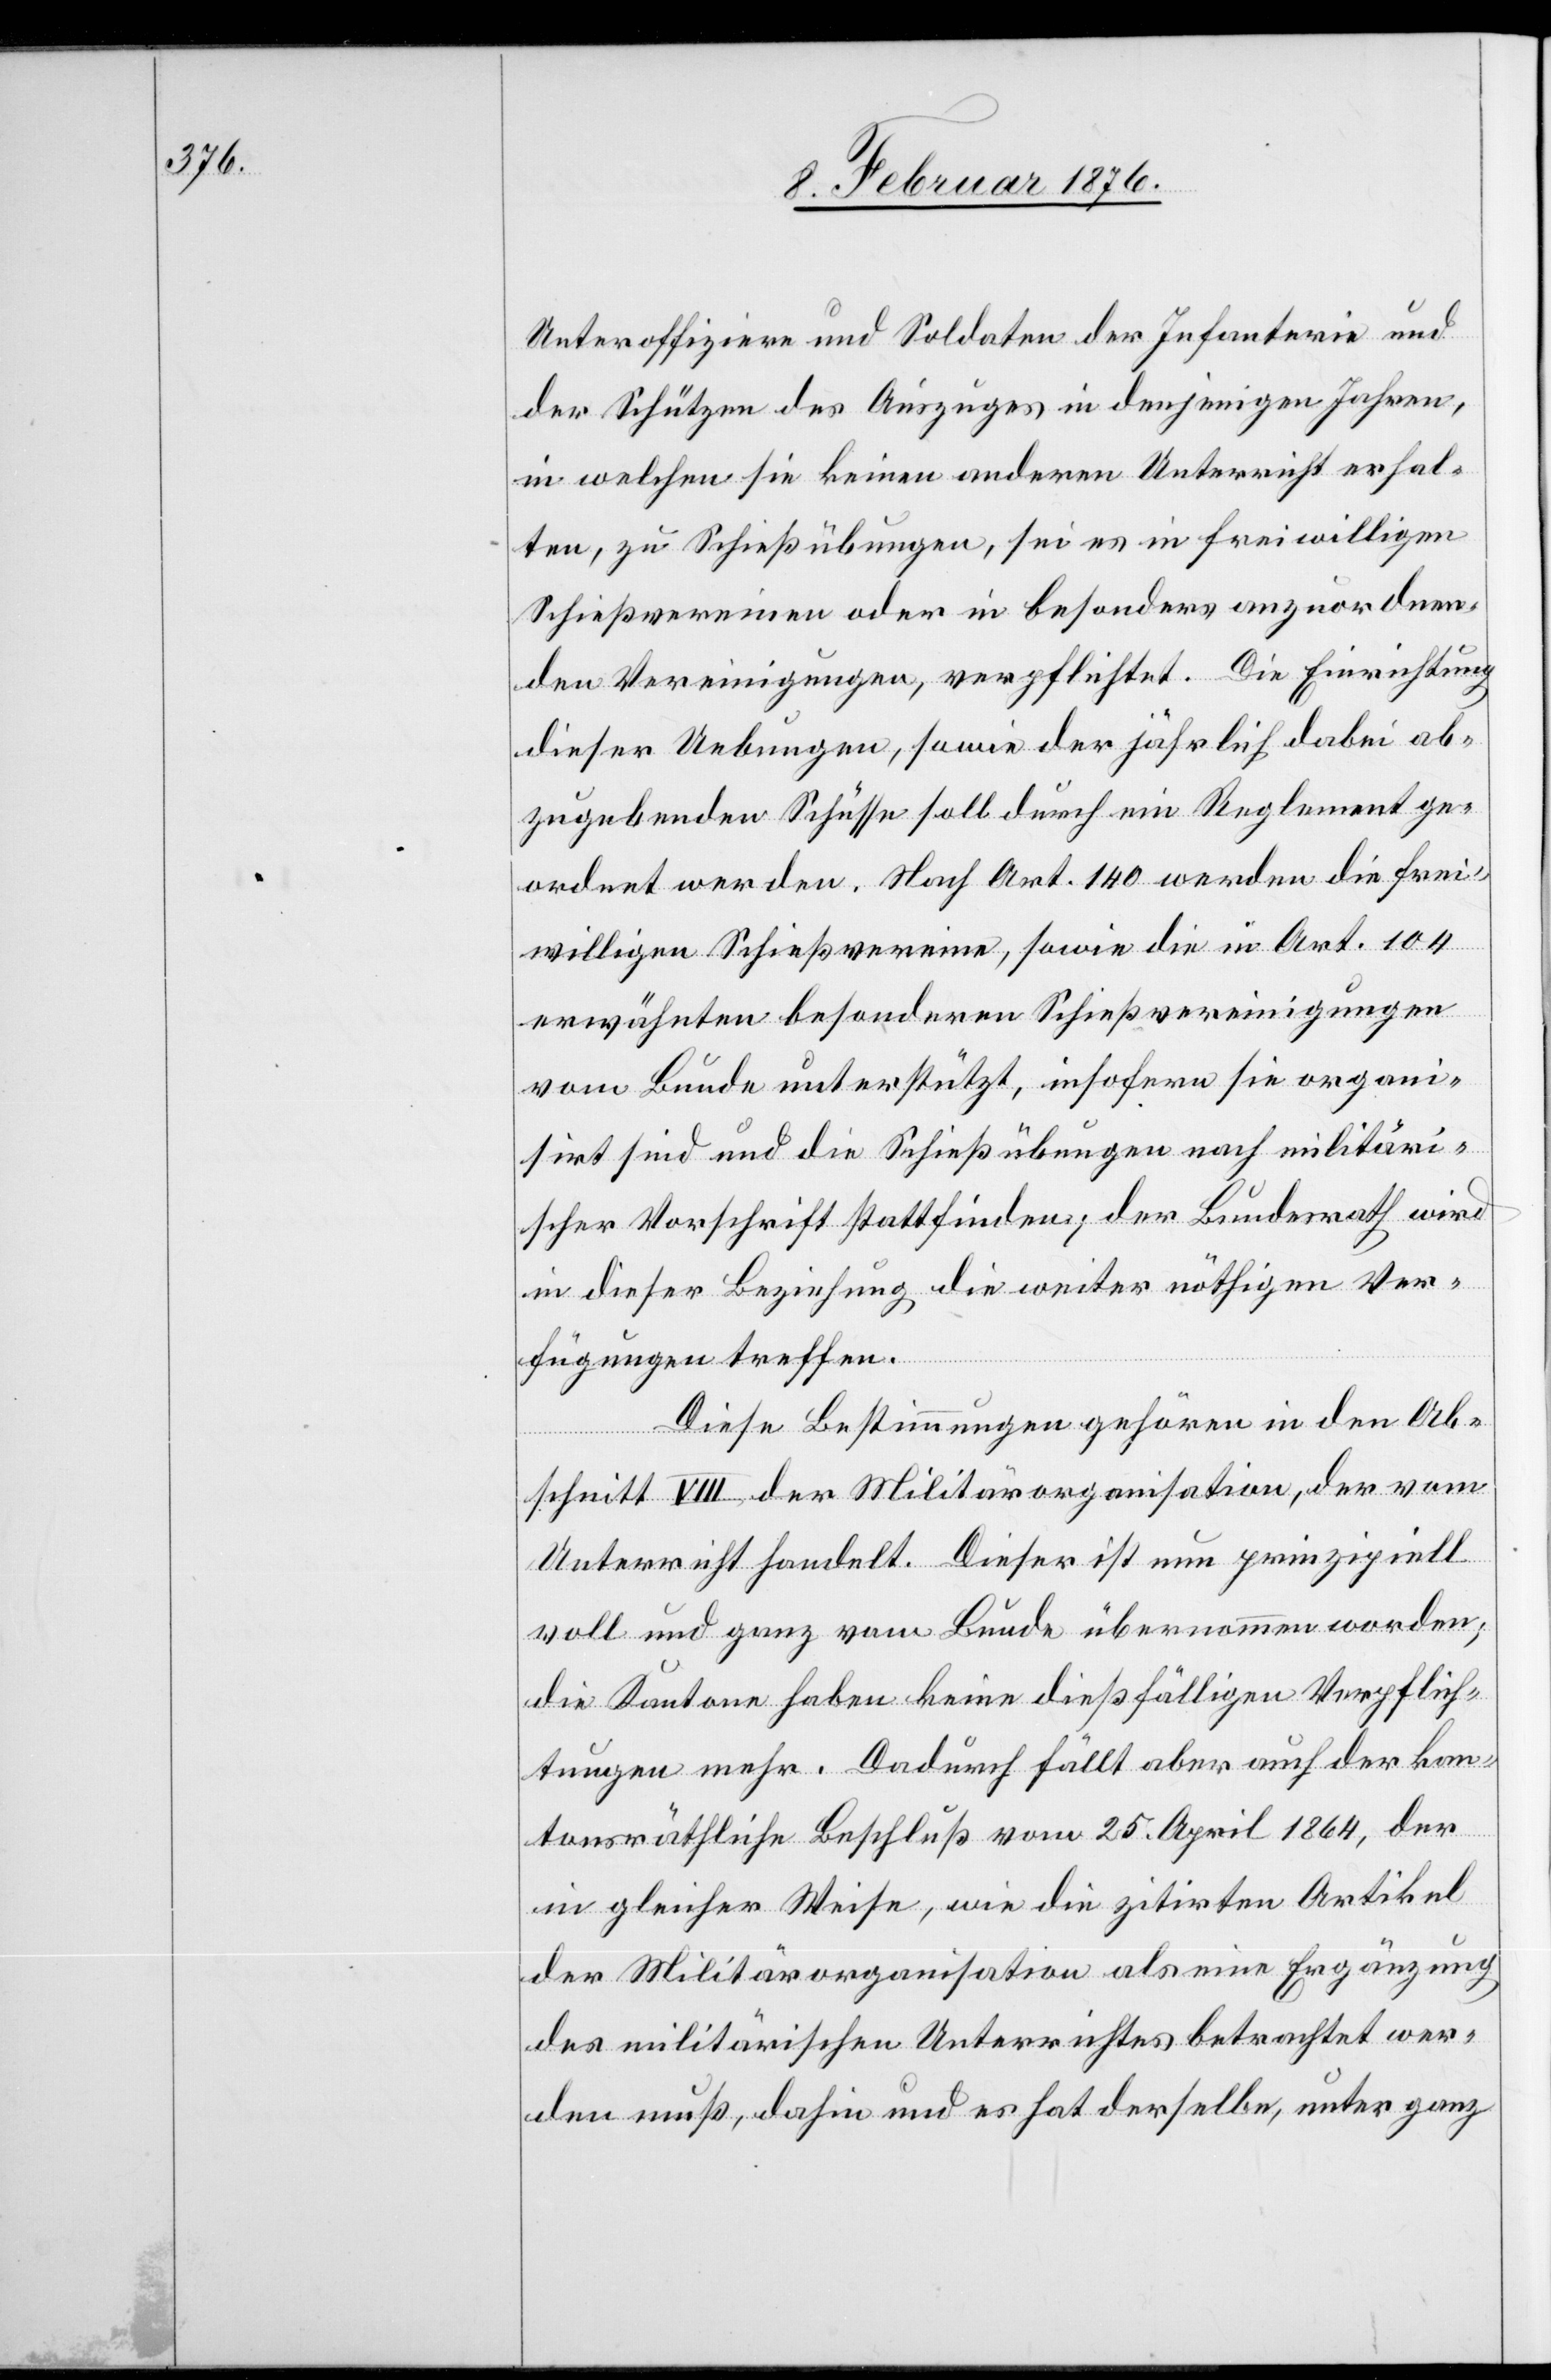
Unteroffiziere und Soldaten der Infanterie und
der Schützen des Auszuges in denjenigen Jahren,
in welchen sie keinen anderen Unterricht erhal¬
ten, zu Schießübungen, sei es in freiwilligen
Schießvereinen oder in besonders anzuordnen¬
den Vereinigungen, verpflichtet. Die Einrichtung
dieser Uebungen, sowie der jährlich dabei ab¬
zugebenden Schüsse soll durch ein Reglement ge¬
ordnet werden. Nach Art. 140 werden die frei¬
willigen Schießvereine, sowie die in Art. 104
erwähnten besonderen Schießvereinigungen
vom Bunde unterstützt, insofern sie organi¬
sirt sind und die Schießübungen nach militäri¬
scher Vorschrift stattfinden; der Bundesrath wird
in dieser Beziehung die weiter nöthigen Ver¬
fügungen treffen.
Diese Bestimmungen gehören in den Ab¬
schnitt VIII der Militärorganisation, der vom
Unterricht handelt. Dieser ist nun prinzipiell
voll und ganz vom Bunde übernommen worden;
die Kantone haben keine dießfälligen Verpflich¬
tungen mehr. Dadurch fällt aber auch der kan¬
tonsräthliche Beschluß vom 25. April 1864, der
in gleicher Weise, wie die zitirten Artikel
der Militärorganisation als eine Ergänzung
des militärischen Unterrichtes betrachtet wer¬
den muß, dahin und es hat derselbe, unter ganz